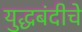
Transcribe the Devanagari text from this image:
युद्धबंदीचे